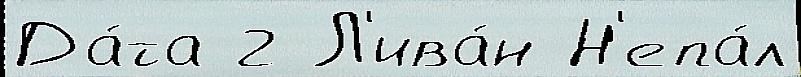
Да́та 2 Л'ива́н Н'епа́л